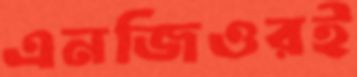
এনজিওরই